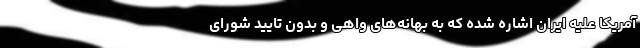
آمریکا علیه ایران اشاره شده که به بهانه‌های واهی و بدون تایید شورای